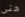
حتى